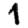
Digit: 1